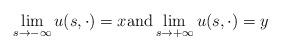
LaTeX: \begin{align*}\lim_{s\rightarrow -\infty} u(s,\cdot) = x \mbox{and} \lim_{s\rightarrow +\infty} u(s,\cdot) = y\end{align*}